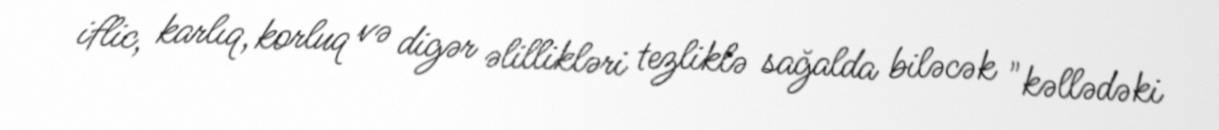
iflic, karlıq, korluq və digər əlillikləri tezliklə sağalda biləcək "kəllədəki